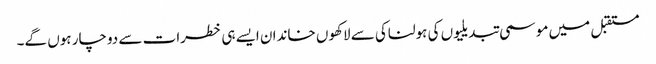
مستقبل میں موسمی تبدیلیوں کی ہولناکی سے لاکھوں خاندان ایسے ہی خطرات سے دوچار ہوں گے۔